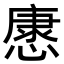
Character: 𢠓